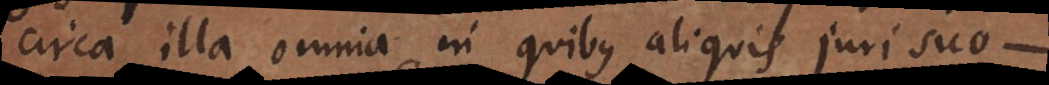
circa illa omnia in quibus aliquis juri suo